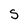
Character: s